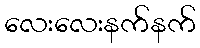
လေးလေးနက်နက်